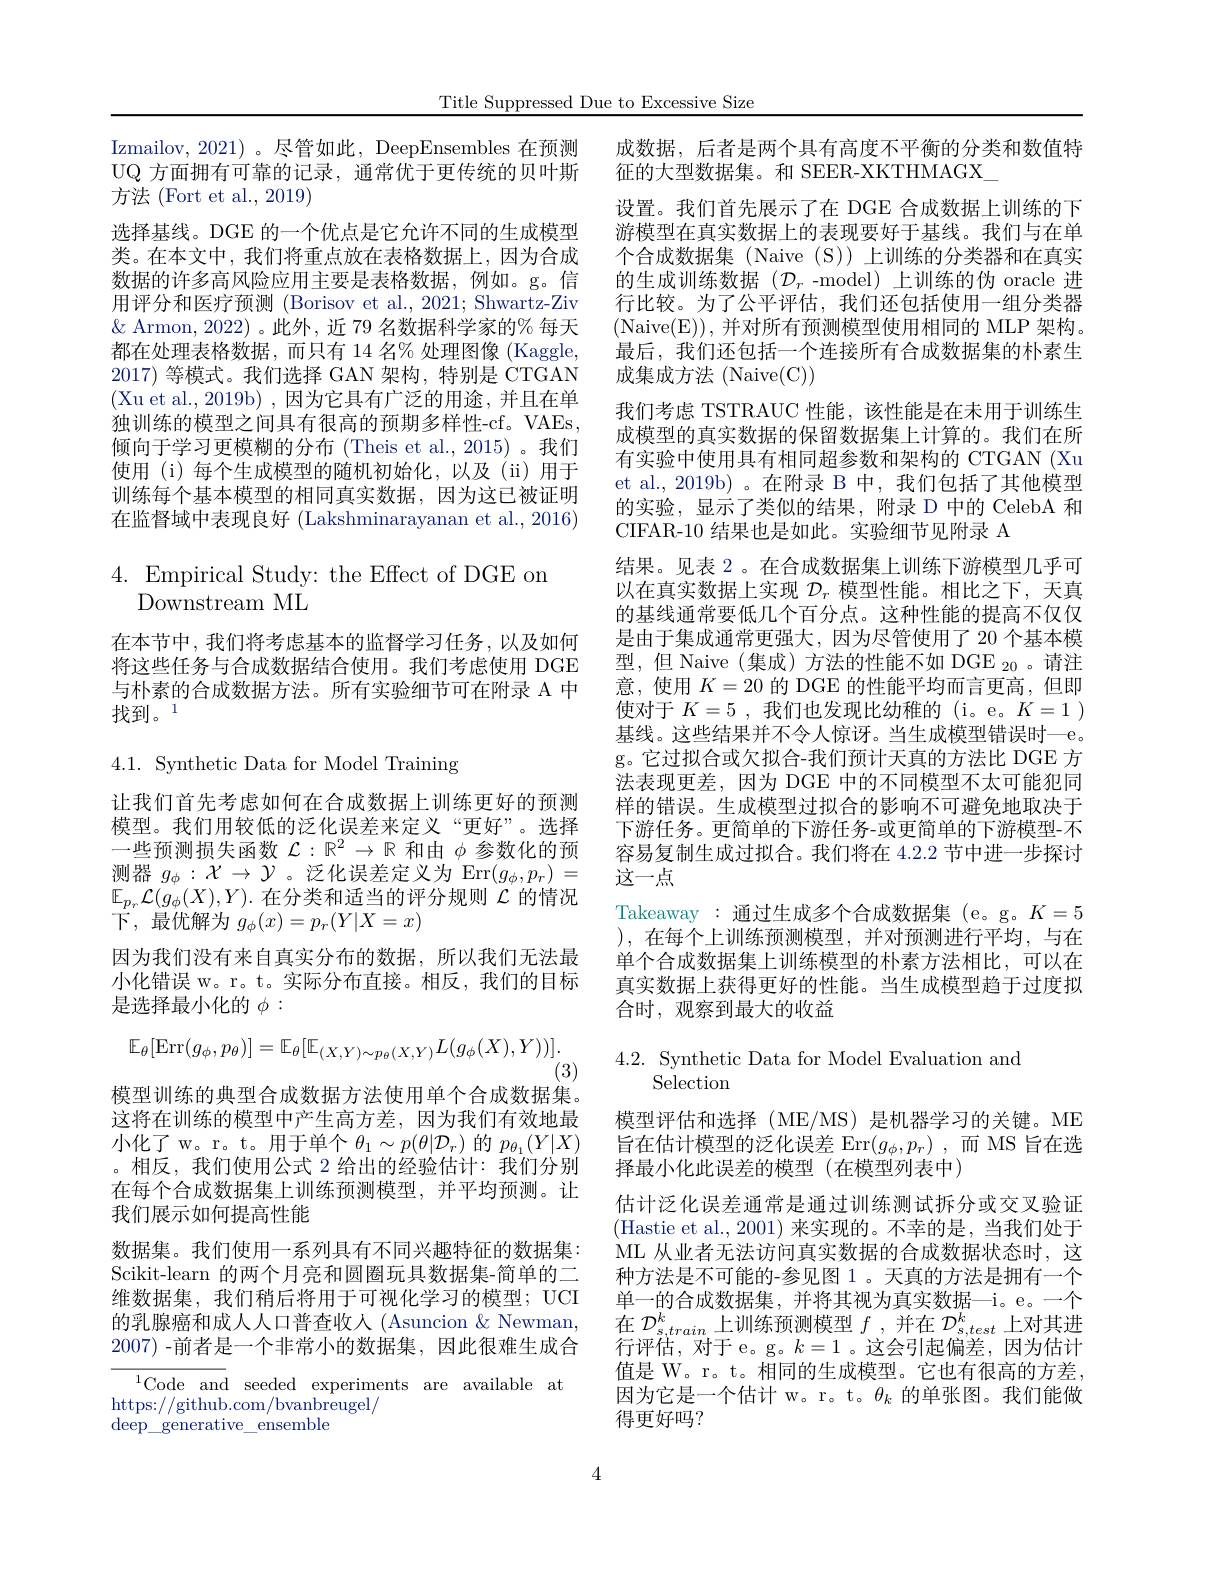
Title Suppressed Due to Excessive Size

Izmailov, 2021) 。尽管如此，DeepEnsembles 在预测UQ 方面拥有可靠的记录，通常优于更传统的贝叶斯方法 (Fort et al., 2019)
选择基线。DGE 的一个优点是它允许不同的生成模型类。在本文中，我们将重点放在表格数据上，因为合成数据的许多高风险应用主要是表格数据，例如。g。信用评分和医疗预测 (Borisov et al., 2021; Shwartz-Ziv $\&$ Armon, 2022)。此外，近 79 名数据科学家的% 每天都在处理表格数据，而只有 14 名% 处理图像 (Kaggle, 2017)等模式。我们选择 GAN 架构，特别是 CTGAN (Xu et al., 2019b), 因为它具有广泛的用途，并且在单独训练的模型之间具有很高的预期多样性-cf。VAEs, 倾向于学习更模糊的分布(Theis et al.,2015)。我们使用 (i) 每个生成模型的随机初始化，以及 (ii) 用于训练每个基本模型的相同真实数据，因为这已被证明在监督域中表现良好 (Lakshminarayanan et al., 2016)

# $4.{\mathrm{Empirical~Study:~the~Effect~of~DGE~on}}$ Downstream ML

在本节中，我们将考虑基本的监督学习任务，以及如何将这些任务与合成数据结合使用。我们考虑使用 DGE 与朴素的合成数据方法。所有实验细节可在附录 A 中找到。1

4.1. Synthetic Data for Model Training

让我们首先考虑如何在合成数据上训练更好的预测模型。我们用较低的泛化误差来定义“更好”。选择一些预测损失函数$\mathcal{L}:\mathbb{R}^2\to\mathbb{R}$和由$\phi$参数化的预测器$g_\phi:\mathcal{X}\to\mathcal{Y}$ 。泛化误差定义为 Err$(g_\phi,p_r)=$ $\mathbb{E}_{p_r}\mathcal{L}(g_\phi(X),Y).$在分类和适当的评分规则$\mathcal{L}$的情况下，最优解为$g_\phi(x)=p_r(Y|X=x)$
因为我们没有来自真实分布的数据，所以我们无法最小化错误 w。r。t。实际分布直接。相反，我们的目标是选择最小化的$\phi:$
$$\mathbb{E}_{\theta}[\mathrm{Err}(g_{\phi},p_{\theta})]=\mathbb{E}_{\theta}[\mathbb{E}_{(X,Y)\sim p_{\theta}(X,Y)}L(g_{\phi}(X),Y))].$$
(3)
模型训练的典型合成数据方法使用单个合成数据集。

这将在训练的模型中产生高方差，因为我们有效地最小化了 w。r。t。用于单个$\theta_1\sim p(\theta|\mathcal{D}_r)$的$p_{\theta_1}(Y|X)$ 。相反，我们使用公式 2 给出的经验估计：我们分别在每个合成数据集上训练预测模型，并平均预测。让我们展示如何提高性能
数据集。我们使用一系列具有不同兴趣特征的数据集： Scikit-learn 的两个月亮和圆圈玩具数据集-简单的二维数据集，我们稍后将用于可视化学习的模型；UCI 的乳腺癌和成人人口普查收入 (Asuncion & Newman, 2007) -前者是一个非常小的数据集，因此很难生成合${}^{1}$Code and seeded experiments are available at

https://github.com/bvanbreugel/
$\operatorname{deep}\_\underline{\text{generative}\_}$ensemble

成数据，后者是两个具有高度不平衡的分类和数值特
征的大型数据集。和 SEER-XKTHMAGX\_
设置。我们首先展示了在 DGE 合成数据上训练的下游模型在真实数据上的表现要好于基线。我们与在单个合成数据集 (Naive (S)) 上训练的分类器和在真实的生成训练数据$(\mathcal{D}_r$-model)上训练的伪 oracle 进行比较。为了公平评估，我们还包括使用一组分类器( Naive( E) ) , 并对所有预测模型使用相同的 MLP 架构。最后，我们还包括一个连接所有合成数据集的朴素生成集成方法 (Naive(C))
我们考虑 TSTRAUC 性能，该性能是在末用于训练生成模型的真实数据的保留数据集上计算的。我们在所有实验中使用具有相同超参数和架构的 CTGAN (Xu et al.,2019b)。在附录 B 中，我们包括了其他模型的实验，显示了类似的结果，附录 D 中的 CelebA 和CIFAR-10 结果也是如此。实验细节见附录 A
结果。见表 2 。在合成数据集上训练下游模型几乎可以在真实数据上实现$\mathcal{D}_r$模型性能。相比之下，天真的基线通常要低几个百分点。这种性能的提高不仅仅是由于集成通常更强大，因为尽管使用了 20 个基本模型，但 Naive (集成)方法的性能不如 DGE $_20$。请注意，使用$K=20$的 DGE 的性能平均而言更高，但即使对于$K=5$ ,我们也发现比幼稚的 (i。e。$K=1$ ) 基线。这些结果并不令人惊讶。当生成模型错误时一e。g。它过拟合或欠拟合-我们预计天真的方法比 DGE 方法表现更差，因为 DGE 中的不同模型不太可能犯同样的错误。生成模型过拟合的影响不可避免地取决于下游任务。更简单的下游任务-或更简单的下游模型-不容易复制生成过拟合。我们将在 4.2.2 节中进一步探讨这一点
Takeaway :通过生成多个合成数据集 (e。g。$K=5$ ),在每个上训练预测模型，并对预测进行平均，与在单个合成数据集上训练模型的朴素方法相比，可以在真实数据上获得更好的性能。当生成模型趋于过度拟合时，观察到最大的收益

4.2. Synthetic Data for Model Evaluation and
# Selection

模型评估和选择(ME/MS)是机器学习的关键。ME 旨在估计模型的泛化误差 Err$( g_\phi , p_r)$ ,而 MS 旨在选择最小化此误差的模型(在模型列表中)
估计泛化误差通常是通过训练测试拆分或交叉验证(Hastie et al., 2001) 来实现的。不幸的是，当我们处于ML 从业者无法访问真实数据的合成数据状态时，这种方法是不可能的-参见图 1。天真的方法是拥有一个单一的合成数据集，并将其视为真实数据—i。e。一个在$\mathcal{D}_s,train$上训练预测模型$f$,并在$\mathcal{D}_s,test^k$上对其进行评估，对于 e。g。$k=1$ 。这会引起偏差，因为估计值是 W。r。t。相同的生成模型。它也有很高的方差， 因为它是一个估计 w。r。t。$\theta_k$的单张图。我们能做得更好吗？